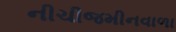
નીચીજમીનવાળા